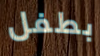
بطفل